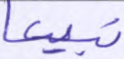
تبيعا